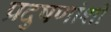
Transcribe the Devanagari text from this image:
प्रदुषणांशी